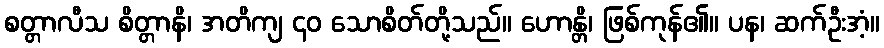
စတ္တာလီသ စိတ္တာနိ၊ အတိကျ ၄၀ သောစိတ်တို့သည်။ ဟောန္တိ၊ ဖြစ်ကုန်၏။ ပန၊ ဆက်ဦးအံ့။